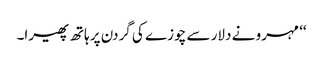
‘‘ مہرو نے دلار سے چوزے کی گردن پر ہاتھ پھیرا۔